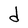
Character: d